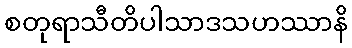
စတုရာသီတိပါသာဒသဟဿာနိ